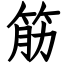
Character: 筋